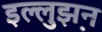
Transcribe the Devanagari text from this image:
इल्लुझ़न